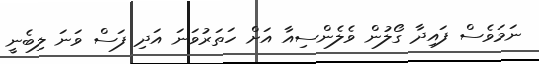
ނަމަވެސް ފައިދާ ގޯލުން ވެލެންސިއާ އަށް ހަތަރުވަނަ އަދި ފަސް ވަނަ ލިބެނީ